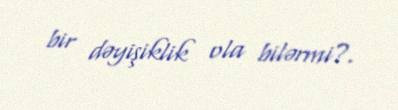
bir dəyişiklik ola bilərmi?.